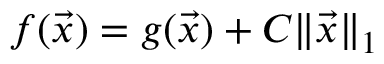
f ( { \vec { x } } ) = g ( { \vec { x } } ) + C \| { \vec { x } } \| _ { 1 }